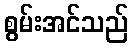
စွမ်းအင်သည်